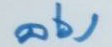
ล่าง